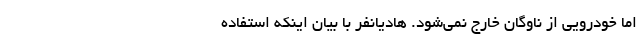
اما خودرویی از ناوگان خارج نمی‌شود. هادیانفر با بیان اینکه استفاده